Indian journal of veterinary science and animal husbandry - Volumes 15-17, 1948-1951
Year: 1948
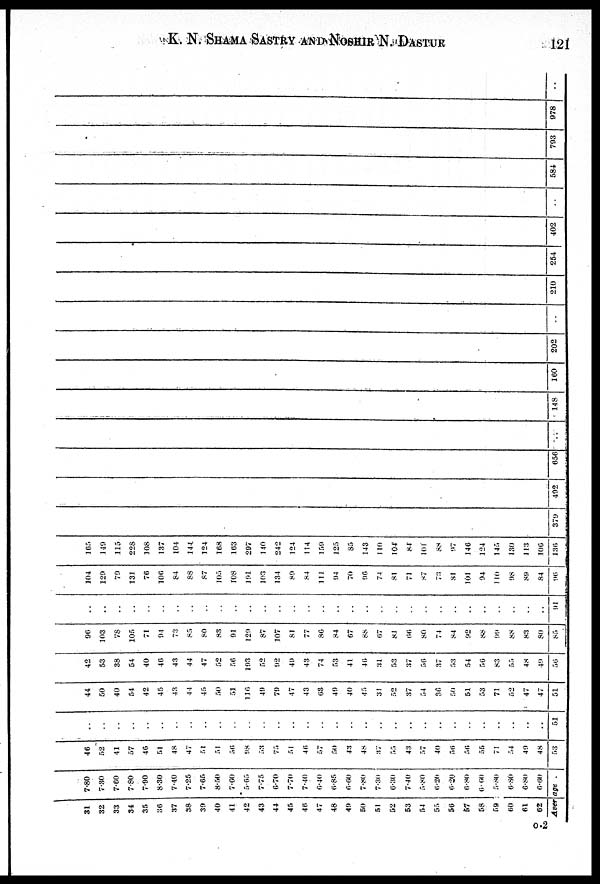
K. N. SHAMA SASTRY AND NOSHIR N.
DASTUR
121
31
32
33
34
35
36
37
38
39
40
41
42
43
44
45
46
47
48
40
50
51
52
53
54
55
56
57
58
59
60
61
62
7.80
7.30
7.60
7.80
7.90
8.30
7.40
7.25
7.65
8.50
7.60
5.65
7.75
6.70
7.70
7.40
6.40
6.85
6.60
7.80
7.30
6.30
7.40
5.80
6.20
6.20
6.80
6.60
5.80
6.80
6.80
6.60
Average
46
52
41
57
46
51
48
47
51
51
56
98
53
75
51
46
57
50
43
48
37
55
43
57
40
56
56
55
71
54
49
48
53
. .
. .
. .
. .
. .
. .
. .
. .
. .
. .
. .
. .
. .
. .
. .
. .
. .
. .
. .
. .
. .
. .
. .
. .
. .
. .
. .
. .
. .
. .
. .
51
44
50
40
54
42
45
43
44
45
50
51
116
49
79
47
43
63
49
40
45
31
52
37
54
36
50
51
53
71
52
47
47
51
42
53
38
54
40
46
43
44
47
52
56
193
52
92
49
43
74
53
41
46
31
53
37
56
37
53
54
56
83
55
48
49
56
96
103
78
105
71
94
73
85
80
83
91
129
87
107
81
77
86
84
67
88
67
81
66
80
74
84
92
88
99
88
83
80
85
. .
. .
. .
. .
. .
. .
. .
. .
. .
. .
. .
. .
. .
. .
. .
. .
. .
. .
. .
. .
. .
. .
. .
. .
. .
. .
. .
. .
. .
. .
. .
. .
91
104
129
70
131
76
106
84
88
87
105
108
191
103
134
89
84
111
94
70
96
74
81
71
87
73
81
101
94
110
98
89
84
96
165
149
115
228
108
137
104
144
124
168
163
297
140
242
124
114
159
125
85
143
110
104
84
101
88
97
146
124
145
130
113
106
136
370
492
656
148
160
202
210
254
402
584
793
978 ..
0.2